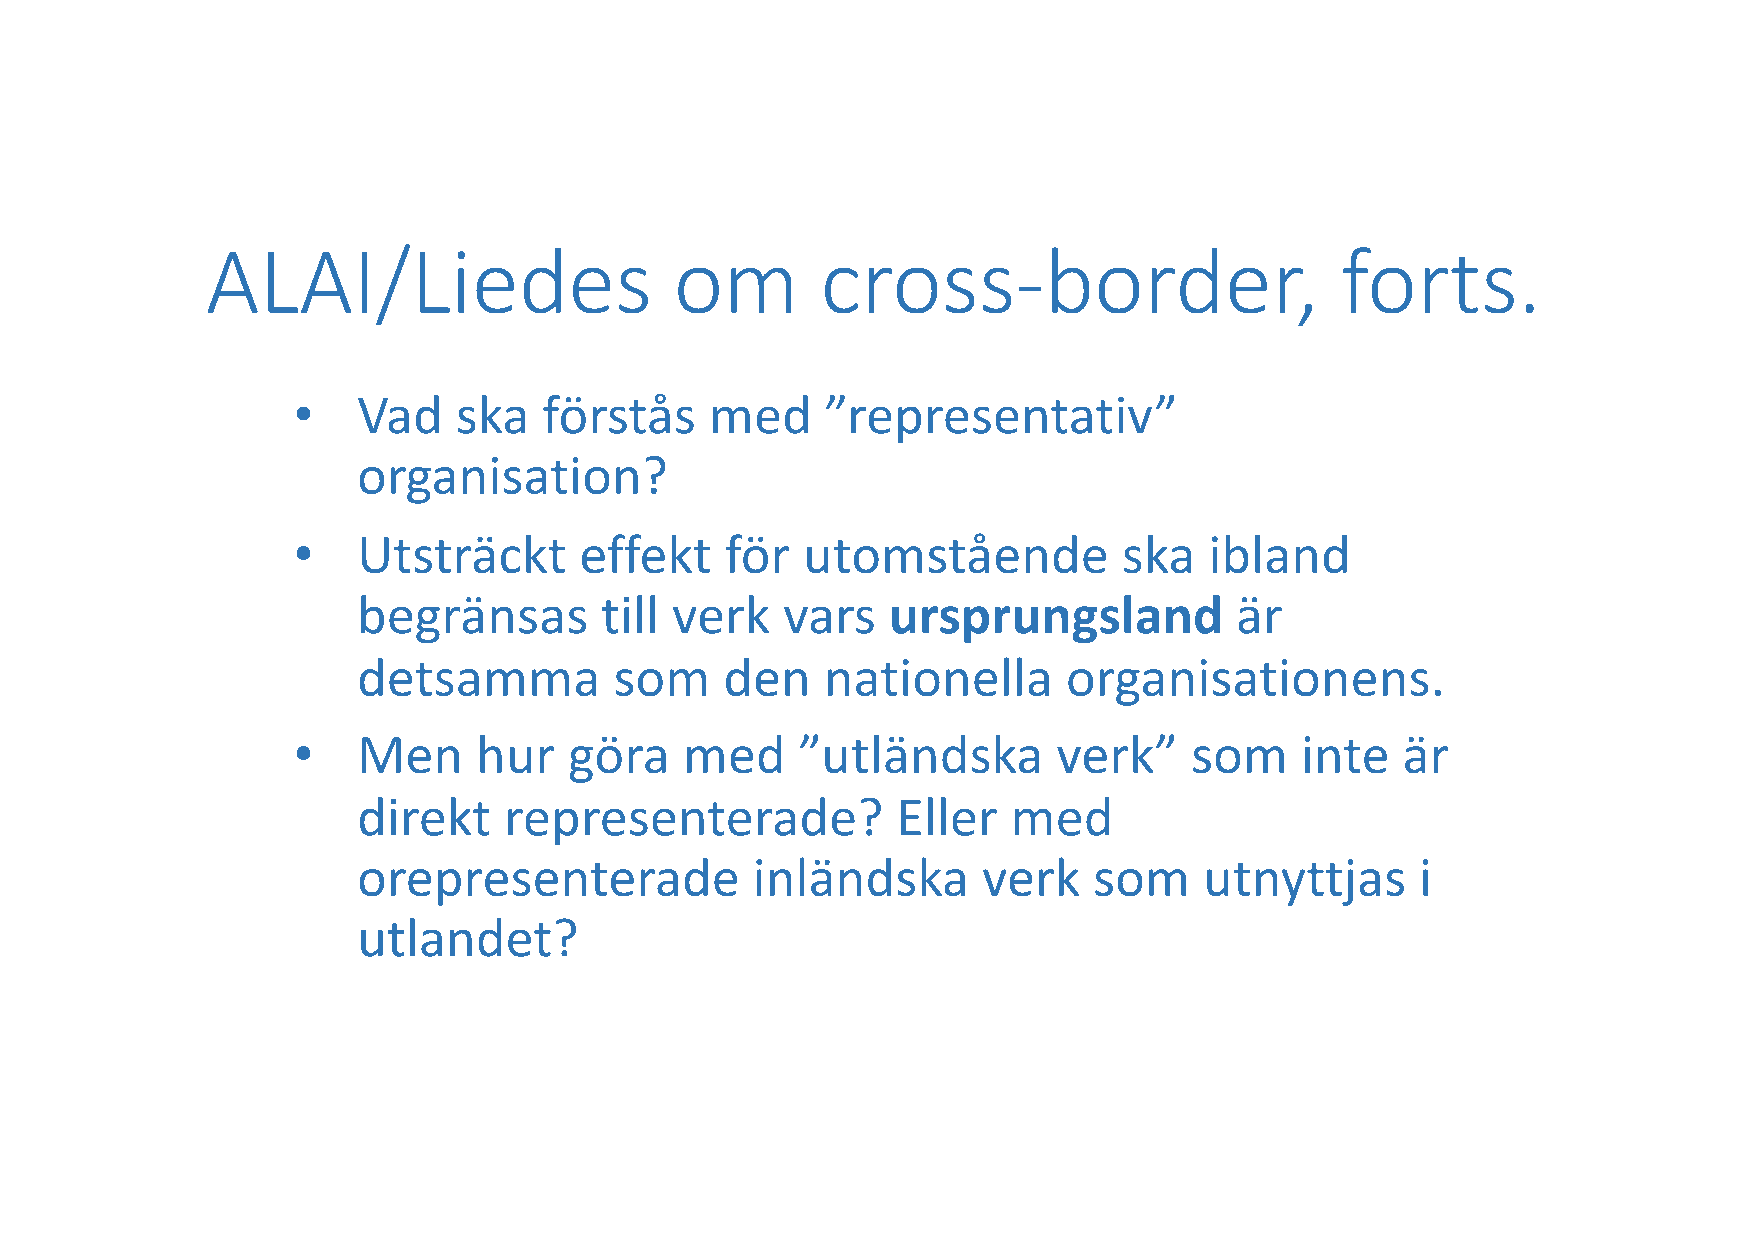
ALAI/Liedes                    om       cross-border,                      forts.
 •    Vad   ska   förstås    med     ”representativ”
 organisation?
 •    Utsträckt     effekt    för  utomstående          ska   ibland
 begränsas       till verk   vars   ursprungsland          är
 detsamma         som    den    nationella      organisationens.
 •    Men     hur   göra   med     ”utländska       verk”    som    inte   är
 direkt   representerade?           Eller   med
 orepresenterade           inländska      verk   som     utnyttjas     i
 utlandet?